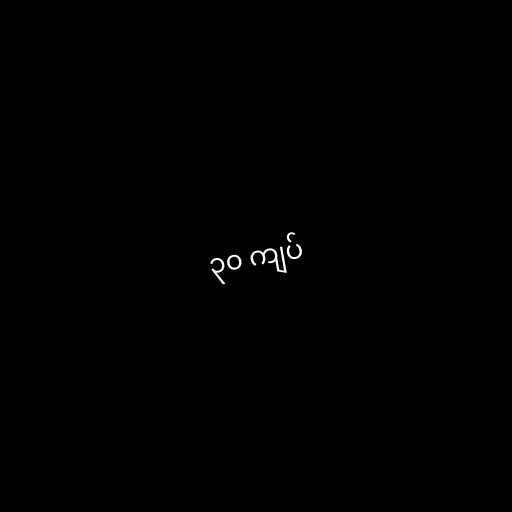
၃၀ ကျပ်